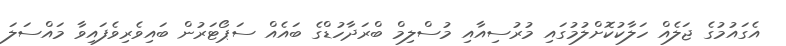
އެގައުމުގެ ޖަލެއް ހަލާކުކޮށްލުމުގައި މުރުސިއާއި މުސްލިމް ބްރަދާހުޑްގެ ބައެއް ސަޕޯޓަރުން ބައިވެރިވެފައިވާ މައްސަލަ